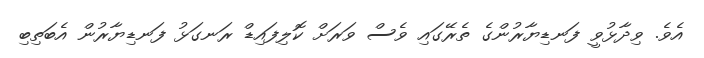
އެވެ. ވިދާޅުވީ ފަނޑިޔާރުންގެ ތެރޭގައި ވެސް ވަރަށް ކޮލިފައިޑް ރަނގަޅު ފަނޑިޔާރުން އެބަތިބި